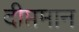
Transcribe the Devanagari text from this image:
दीप्तमान